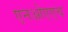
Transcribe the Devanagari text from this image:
एनओएएच